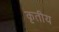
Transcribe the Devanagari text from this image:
कृतीय